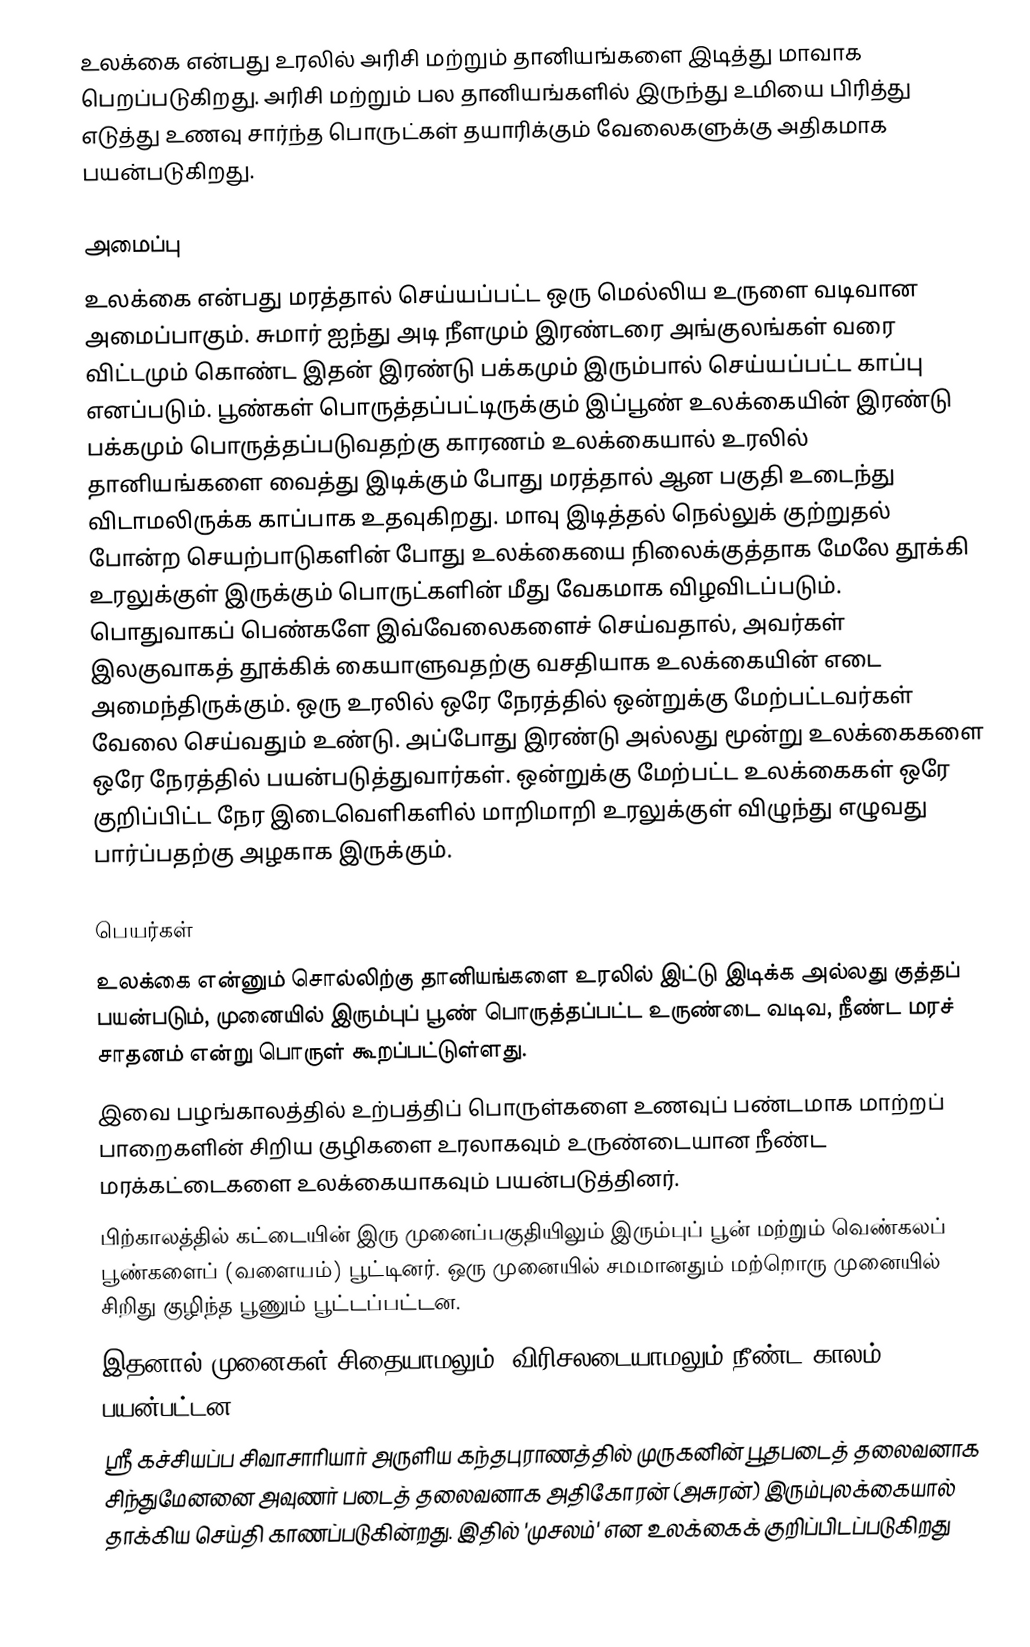
உலக்கை என்பது உரலில் அரிசி மற்றும் தானியங்களை இடித்து மாவாக பெறப்படுகிறது.  அரிசி மற்றும் பல தானியங்களில் இருந்து உமியை பிரித்து எடுத்து உணவு சார்ந்த பொருட்கள் தயாரிக்கும் வேலைகளுக்கு அதிகமாக பயன்படுகிறது.

அமைப்பு
உலக்கை என்பது மரத்தால் செய்யப்பட்ட ஒரு மெல்லிய உருளை வடிவான அமைப்பாகும். சுமார் ஐந்து அடி நீளமும் இரண்டரை அங்குலங்கள் வரை விட்டமும் கொண்ட இதன் இரண்டு பக்கமும்  இரும்பால் செய்யப்பட்ட காப்பு எனப்படும். பூண்கள் பொருத்தப்பட்டிருக்கும் இப்பூண் உலக்கையின் இரண்டு பக்கமும் பொருத்தப்படுவதற்கு காரணம் உலக்கையால் உரலில் தானியங்களை வைத்து இடிக்கும் போது மரத்தால் ஆன பகுதி உடைந்து விடாமலிருக்க காப்பாக உதவுகிறது. மாவு இடித்தல் நெல்லுக் குற்றுதல் போன்ற செயற்பாடுகளின் போது உலக்கையை நிலைக்குத்தாக மேலே தூக்கி உரலுக்குள் இருக்கும் பொருட்களின் மீது வேகமாக விழவிடப்படும். பொதுவாகப் பெண்களே இவ்வேலைகளைச் செய்வதால், அவர்கள் இலகுவாகத் தூக்கிக் கையாளுவதற்கு வசதியாக உலக்கையின் எடை அமைந்திருக்கும். ஒரு உரலில் ஒரே நேரத்தில் ஒன்றுக்கு மேற்பட்டவர்கள் வேலை செய்வதும் உண்டு. அப்போது இரண்டு அல்லது மூன்று உலக்கைகளை ஒரே நேரத்தில் பயன்படுத்துவார்கள். ஒன்றுக்கு மேற்பட்ட உலக்கைகள் ஒரே குறிப்பிட்ட நேர இடைவெளிகளில் மாறிமாறி உரலுக்குள் விழுந்து எழுவது பார்ப்பதற்கு அழகாக இருக்கும்.

பெயர்கள்
 உலக்கை என்னும் சொல்லிற்கு தானியங்களை உரலில் இட்டு இடிக்க அல்லது குத்தப் பயன்படும், முனையில் இரும்புப் பூண் பொருத்தப்பட்ட உருண்டை வடிவ, நீண்ட மரச் சாதனம் என்று பொருள் கூறப்பட்டுள்ளது.
 இவை பழங்காலத்தில் உற்பத்திப் பொருள்களை உணவுப் பண்டமாக மாற்றப் பாறைகளின் சிறிய குழிகளை உரலாகவும் உருண்டையான நீண்ட மரக்கட்டைகளை உலக்கையாகவும் பயன்படுத்தினர்.
 பிற்காலத்தில் கட்டையின் இரு முனைப்பகுதியிலும் இரும்புப் பூன் மற்றும் வெண்கலப் பூண்களைப் (வளையம்) பூட்டினர்.  ஒரு முனையில் சமமானதும் மற்றொரு முனையில் சிறிது குழிந்த பூணும் பூட்டப்பட்டன.
 இதனால் முனைகள் சிதையாமலும், விரிசலடையாமலும் நீண்ட காலம் பயன்பட்டன.
 ஸ்ரீ கச்சியப்ப சிவாசாரியார் அருளிய கந்தபுராணத்தில் முருகனின் பூதபடைத் தலைவனாக சிந்துமேனனை அவுணர் படைத் தலைவனாக அதிகோரன் (அசுரன்) இரும்புலக்கையால் தாக்கிய செய்தி காணப்படுகின்றது. இதில் 'முசலம்' என உலக்கைக் குறிப்பிடப்படுகிறது